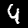
Digit: 4